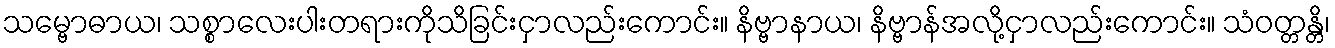
သမ္ဗောဓာယ၊ သစ္စာလေးပါးတရားကိုသိခြင်းငှာလည်းကောင်း။ နိဗ္ဗာနာယ၊ နိဗ္ဗာန်အလို့ငှာလည်းကောင်း။ သံဝတ္တန္တိ၊